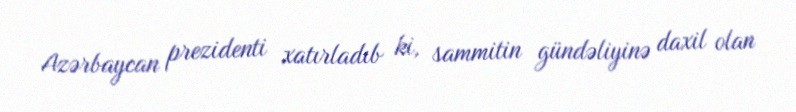
Azərbaycan prezidenti xatırladıb ki, sammitin gündəliyinə daxil olan